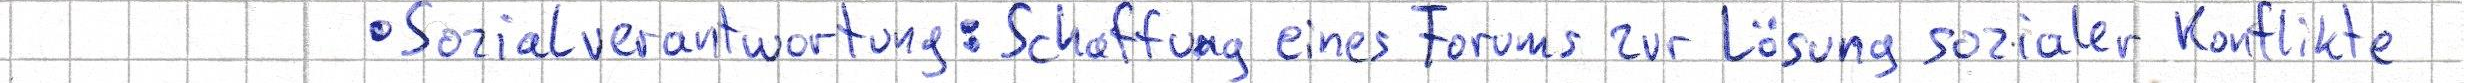
- Sozialverantwortung: Schaffung eines Forums zur Lösung sozialer Konflikte